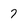
Character: 7